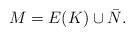
LaTeX: \begin{align*}M=E(K)\cup \bar{N}. \end{align*}